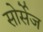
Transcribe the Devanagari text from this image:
सोर्सेज